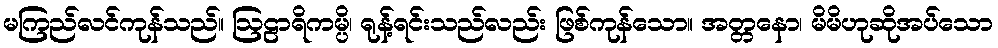
မကြည်လင်ကုန်သည်။ ဩဠာရိကမ္ပိ၊ ရုန့်ရင်းသည်လည်း ဖြစ်ကုန်သော။ အတ္တနော၊ မိမိဟုဆိုအပ်သော